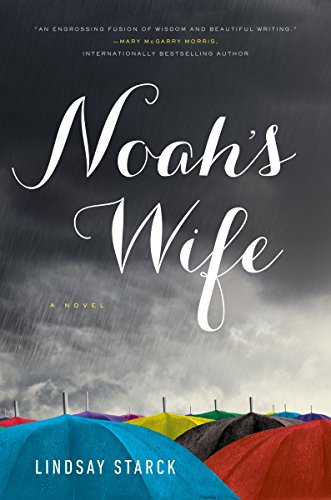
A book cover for Noah's Wife; Lindsay Starck; Christian Books & Bibles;